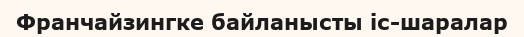
Франчайзингке байланысты іс-шаралар